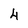
Character: 4